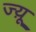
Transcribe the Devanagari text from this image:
ज्य़ू